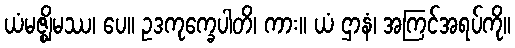
ယံမဇ္ဈိမဿ၊ ပေ။ ဥဒကုက္ခေပါတိ၊ ကား။ ယံ ဌာနံ၊ အကြင်အရပ်ကို။